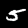
Label: 5